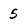
Character: 5